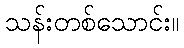
သန်းတစ်သောင်း။